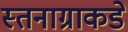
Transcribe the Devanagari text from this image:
स्तनाग्राकडे